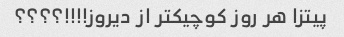
پیتزا هر روز کوچیکتر از دیروز!!!!؟؟؟؟